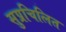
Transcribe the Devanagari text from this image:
सुप्रचिलित